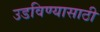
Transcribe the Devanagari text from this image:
उडविण्यासाठी